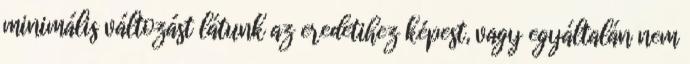
minimális változást látunk az eredetihez képest, vagy egyáltalán nem